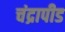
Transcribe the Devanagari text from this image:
चंद्रापीड